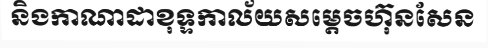
និងកាណាដាខុទ្ទកាល័យសម្តេចហ៊ុនសែន